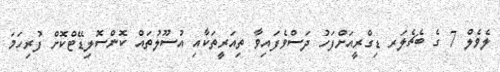
ލެވެލް 7 ގެ ބެޗެލަރ ޑިގްރީއަށްފަހު ދަސްވެފައިވާ ތިއަރީތަކާއި އުސޫލުތައް ކޮންސޮލިޑޭޓްކޮށް ފުރިހަމަ